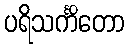
ပရိသင်္ကိတော